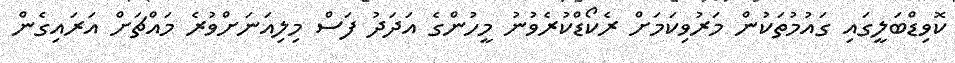
ކޮވިޑްބަލީގައި ގައުމުތަކުން މަރުވިކަމަށް ރެކޯޑްކުރެވުނު މީހުންގެ އަދަދު ފަސް މިލިއަނަށްވުރެ މައްޗަށް އަރައިގެން